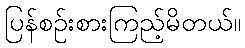
ပြန်စဉ်းစားကြည့်မိတယ်။